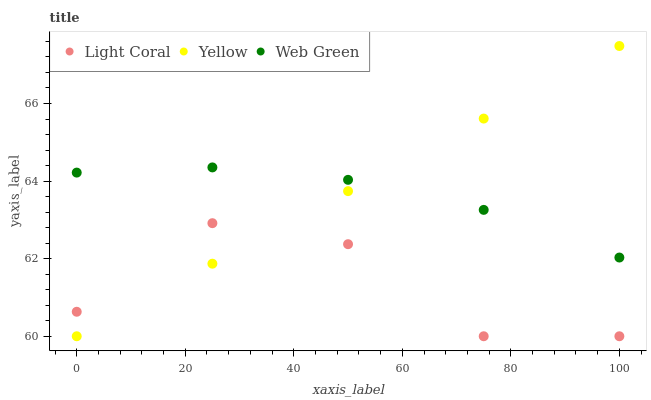
| xaxis_label | Light Coral | Yellow | Web Green |
 | --- | --- | --- | --- |
 | 0 | 60.6 | 60 | 64.2 |
 | 25 | 62.9 | 61.9 | 64.4 |
 | 50 | 62.4 | 63.7 | 64 |
 | 75 | 60 | 65.6 | 63.3 |
 | 100 | 60 | 67.5 | 62 |